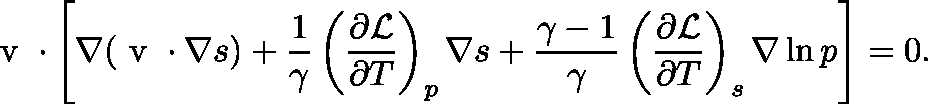
\ensuremath { \mathrm { \boldmath ~ v ~ } } \cdot \left[ \nabla ( \ensuremath { \mathrm { \boldmath ~ v ~ } } \cdot \nabla s ) + \frac { 1 } { \gamma } \left( \frac { \partial \mathcal { L } } { \partial T } \right) _ { p } \nabla s + \frac { \gamma - 1 } { \gamma } \left( \frac { \partial \mathcal { L } } { \partial T } \right) _ { s } \nabla \ln p \right] = 0 .